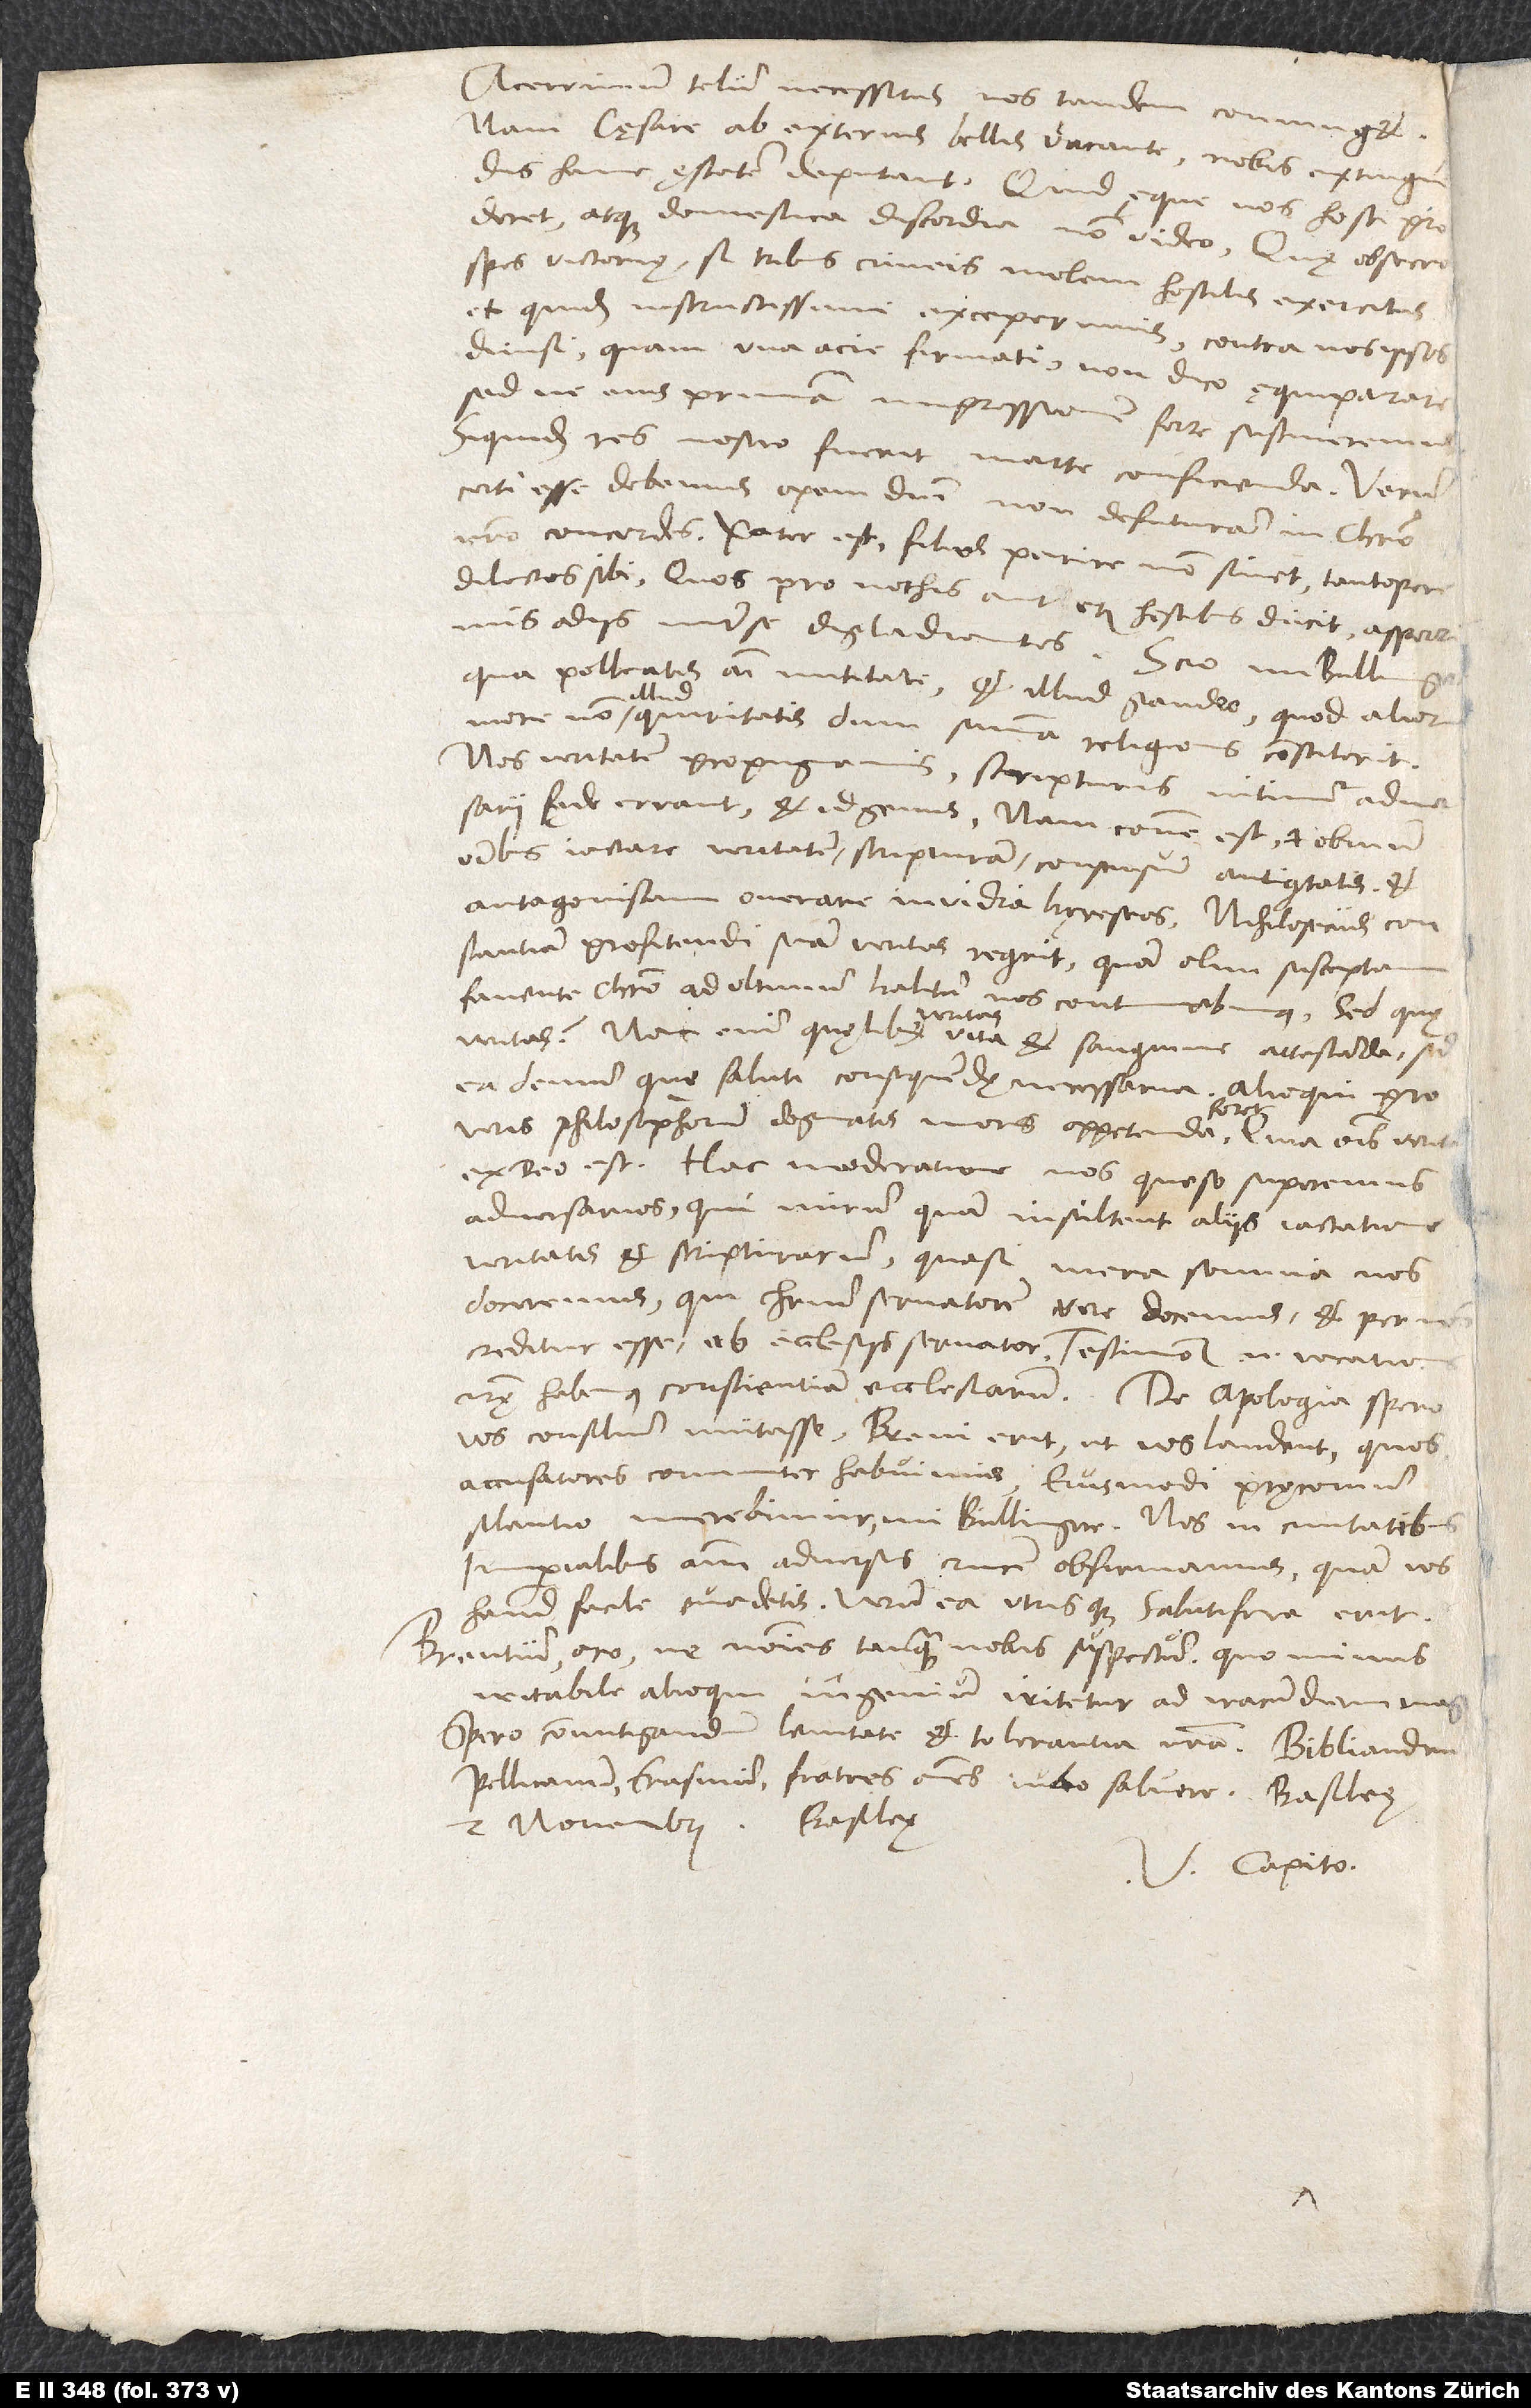
Acerrimum telum, necessitas, nos tandem coniunget;
nam cęsare ab externis bellis vacante nobis extinguendis
hanc ęstatem deputant. Quid ęque nos hosti proderet
atque domestica discordia, non video: Quę, obsecro,
spes victorię, si tribus cuneis molem hostilis exercitus,
et quidem instructissimi, exceperimus contra nos ipsos
quam una acie firmati, non dico ęquiparare,
sed ne eius primam impressionem forte sustineremus,
siquidem res nostro fuerit Marte conficienda. Verum
certi esse debemus opern domini non defuturam in Christo
nostro concordes. Pater est, filios perire non sinet tantopere
dilectos sibi, quos pro nothis aut etiam hostibus ducit asperrimis
odiis inter se digladiantes. Scio, mi Bullingere,
qua polleatis animi mititate, et illud gaudeo, quod aliorum
quiritatis, dum summa religionis constiterit:
Nos veritatem propugnamus, scripturis nitimur, adversarii
fęde errant, et id genus. Nam commune est et obvium
omnibus iactare veritatem, scripturam, consensum antiquitatis et
antagonistam onerare invidia hęreseos. Nihilosecius constantiam
profitendi suam veritas requirit, quam olim susceptam
favente Christo ad ultimum halitum nos continebimus. Sed quę
ea demum, quę saluti consequendae necessaria. Alioqui pro
veris philosophorum dogmatis mors oppetenda foret, quia
ex deo est. Hac moderatione nos, queso, superemus
adversarios, qui mirum quam insultent aliis vastatione
veritatis et scripturarum, quasi mera somnia nos
doceremus, qui Christum servatorem vere docemus et per nos
creditur esse ab ecclesiis servator. Testimonium enim vocations
nostrae habemus conscientiam ecclesiarum. De Apologia spero
vos consilium mutasse. Brevi erit, ut vos laudent, quos
accusatores communiter habuimus. Eiusmodi pręconium
silentio merebimur, mi Bullingere. Nos in civitatibus
imperialibus animum adversus crucem obfirmamus, quam vos
haud facile evadetis. Verum ea utrisque salutifera erit.
Brentium, oro, ne nomines tanquam nobis suspectum, quominus
iritabile alioqui ingenium iritetur ad iracundiam magis.
Spero commitigandum lenitate et tolerantia nostra. Bibliandrum,
Pellicanum, Erasmum, fratres omnes iubeo salvere. Basileę,
2. novembris. Basileę.
V. Capito.